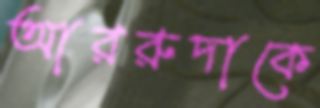
আররুদাকে